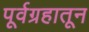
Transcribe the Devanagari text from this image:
पूर्वग्रहातून